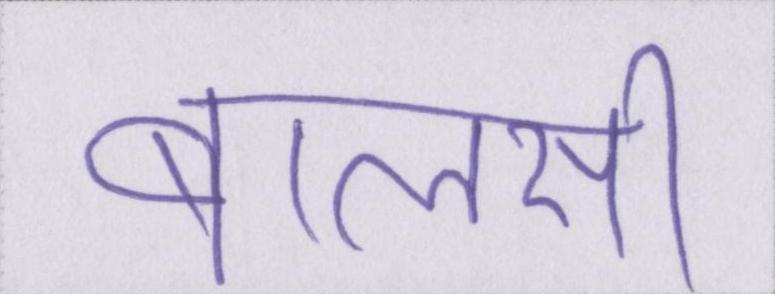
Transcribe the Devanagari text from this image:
बालसी